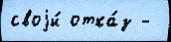
своjи́ отка́з -